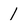
Character: 1